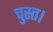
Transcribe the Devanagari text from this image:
चुस्त।